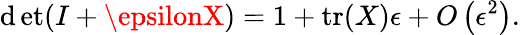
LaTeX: \operatorname*{\mathrm{d}et}(I+\epsilonX)=1+\operatorname{tr}(X)\epsilon+O\left(\epsilon^{2}\right).